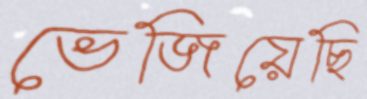
ভেজিয়েছি